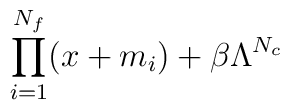
\prod_{i=1}^{N_f}(x+m_i)  + \beta \Lambda^{N_c}